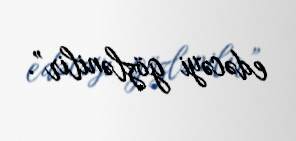
edəcəyi gözlənilir”.